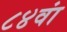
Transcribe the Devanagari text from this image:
८४वां